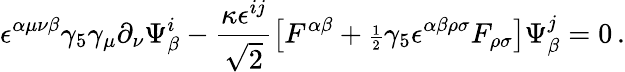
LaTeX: \epsilon^{\alpha\mu\nu\beta}\gamma_{5}\gamma_{\mu}\partial_{\nu}\Psi_{\beta}^{i}-{\frac{\kappa\epsilon^{ij}}{\sqrt 2}}\big[F^{\alpha\beta}+{\scriptstyle{\frac{1}{2}}}\gamma_{5}\epsilon^{\alpha\beta\rho\sigma}F_{\rho\sigma}\big]\Psi_{\beta}^{j}=0\, .